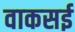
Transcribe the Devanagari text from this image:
वाकसई